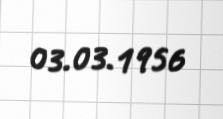
03.03.1956